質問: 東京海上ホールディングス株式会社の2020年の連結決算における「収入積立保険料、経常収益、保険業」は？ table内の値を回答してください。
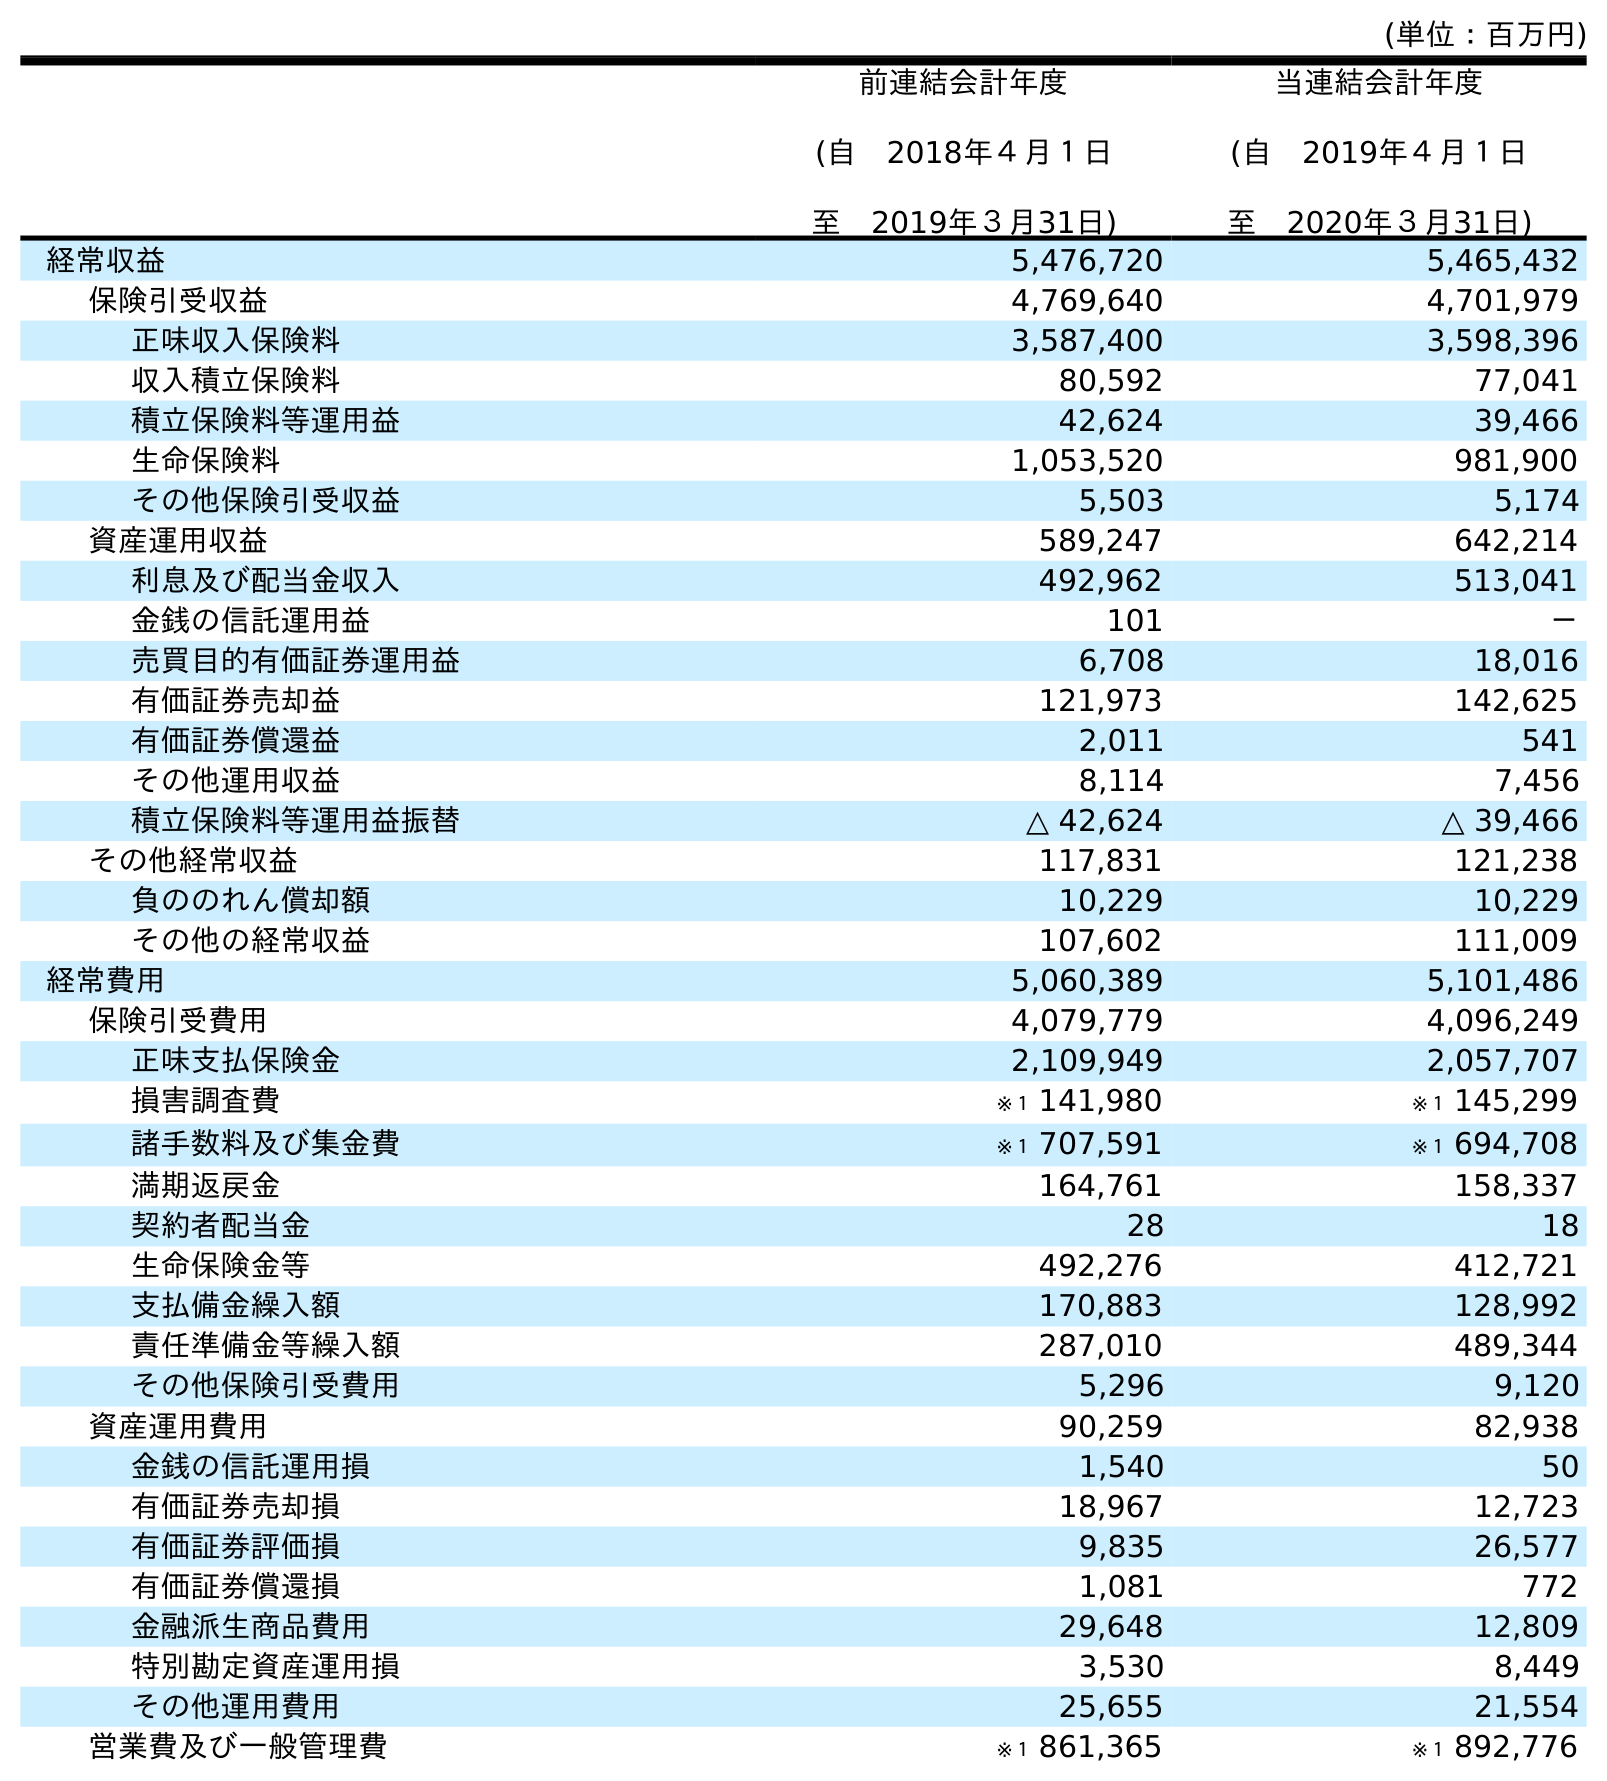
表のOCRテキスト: (単位：百万円) 前連結会計年度 (自 2018年４月１日 至 2019年３月31日) 当連結会計年度 (自 2019年４月１日 至 2020年３月31日) 経常収益 5,476,720 5,465,432 保険引受収益 4,769,640 4,701,979 正味収入保険料 3,587,400 3,598,396 収入積立保険料 80,592 77,041 積立保険料等運用益 42,624 39,466 生命保険料 1,053,520 981,900 その他保険引受収益 5,503 5,174 資産運用収益 589,247 642,214 利息及び配当金収入 492,962 513,041 金銭の信託運用益 101 － 売買目的有価証券運用益 6,708 18,016 有価証券売却益 121,973 142,625 有価証券償還益 2,011 541 その他運用収益 8,114 7,456 積立保険料等運用益振替 △ 42,624 △ 39,466 その他経常収益 117,831 121,238 負ののれん償却額 10,229 10,229 その他の経常収益 107,602 111,009 経常費用 5,060,389 5,101,486 保険引受費用 4,079,779 4,096,249 正味支払保険金 2,109,949 2,057,707 損害調査費 ※１ 141,980 ※１ 145,299 諸手数料及び集金費 ※１ 707,591 ※１ 694,708 満期返戻金 164,761 158,337 契約者配当金 28 18 生命保険金等 492,276 412,721 支払備金繰入額 170,883 128,992 責任準備金等繰入額 287,010 489,344 その他保険引受費用 5,296 9,120 資産運用費用 90,259 82,938 金銭の信託運用損 1,540 50 有価証券売却損 18,967 12,723 有価証券評価損 9,835 26,577 有価証券償還損 1,081 772 金融派生商品費用 29,648 12,809 特別勘定資産運用損 3,530 8,449 その他運用費用 25,655 21,554 営業費及び一般管理費 ※１ 861,365 ※１ 892,776
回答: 77,041